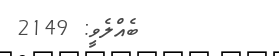
ބެއްލެވީ: 2149